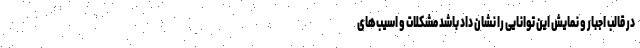
در قالب اجبار و نمایش این توانایی را نشان داد باشد مشکلات و اسیب‌های